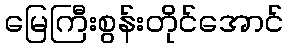
မြေကြီးစွန်းတိုင်အောင်